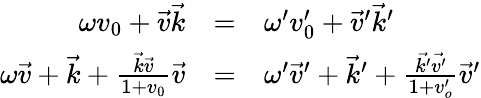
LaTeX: \begin{array}{rcl}{{\omega v_{0}+\vec{v}\vec{k}}}&{{=}}&{{\omega^{\prime}v_{0}^{\prime}+\vec{v}^{\prime}\vec{k}^{\prime}}}\\ {{\omega\vec{v}+\vec{k}+\frac{\vec{k}\vec{v}}{1+v_{0}}\vec{v}}}&{{=}}&{{\omega^{\prime}\vec{v}^{\prime}+\vec{k}^{\prime}+\frac{\vec{k^{\prime}}\vec{v^{\prime}}}{1+v_{o}^{\prime}}\vec{v}^{\prime}}}\end{array}